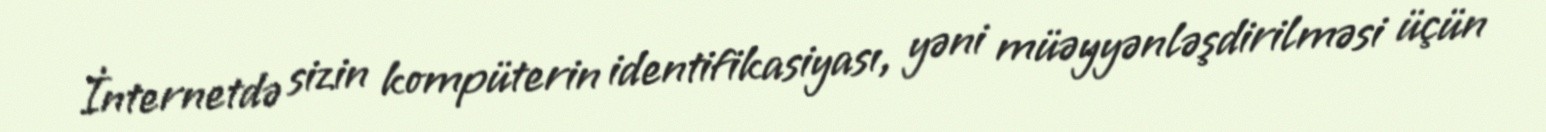
İnternetdə sizin kompüterin identifikasiyası, yəni müəyyənləşdirilməsi üçün